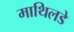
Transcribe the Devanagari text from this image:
माथिलडे